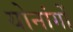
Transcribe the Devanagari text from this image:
योनांगों